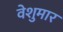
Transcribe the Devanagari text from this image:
वेशुमार